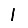
Digit: 1